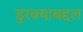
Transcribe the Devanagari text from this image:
डुरक्याबद्दल